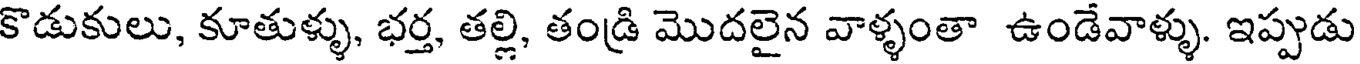
కొడుకులు, కూతుళ్ళు, భర్త, తల్లి, తండ్రి మొదలైన వాళ్ళంతా ఉండేవాళ్ళు. ఇప్పుడు